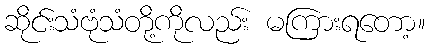
ဆိုင်းသံဗုံသံတို့ကိုလည်း မကြားရတော့။